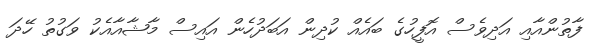
ފާތުންއާއި އަދިވެސް އޮފީހުގެ ބައެއް ކުދިން އަބަދުހެން އައިސް މާޝާއާއެކު ވަގުތު ހޭދަ